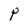
Character: P